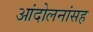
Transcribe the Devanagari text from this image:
आंदोलनांसह